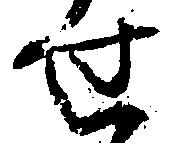
せ